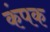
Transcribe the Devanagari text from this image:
कंपक